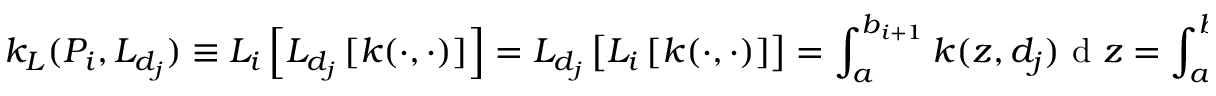
k _ { L } ( P _ { i } , L _ { d _ { j } } ) \equiv L _ { i } \left[ L _ { d _ { j } } \left[ k ( \cdot , \cdot ) \right] \right] = L _ { d _ { j } } \left[ L _ { i } \left[ k ( \cdot , \cdot ) \right] \right] = \int _ { a } ^ { b _ { i + 1 } } k ( z , d _ { j } ) \textrm { d } z = \int _ { a } ^ { b _ { i + 1 } } k ( d _ { j } , z ) \textrm { d } z .